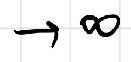
\(\to \infty\)